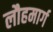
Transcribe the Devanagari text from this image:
लौहमार्ग